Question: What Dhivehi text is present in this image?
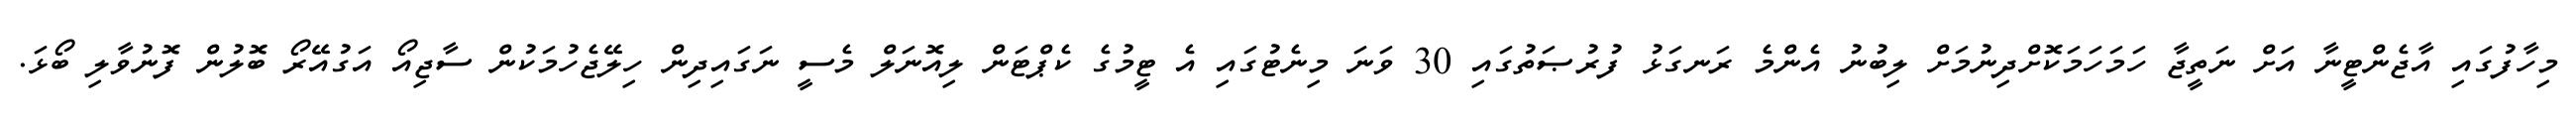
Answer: މިހާފުގައި އާޖެންޓީނާ އަށް ނަތީޖާ ހަމަހަމަކޮށްދިނުމަށް ލިބުނު އެންމެ ރަނގަޅު ފުރުޞަތުގައި 30 ވަނަ މިނެޓުގައި އެ ޓީމުގެ ކެޕްޓަން ލިއޮނަލް މެސީ ނަގައިދިން ހިލޭޖެހުމަކުން ސާޖިއޯ އަގުއޭރޯ ބޮލުން ފޮނުވާލި ބޯޅަ.